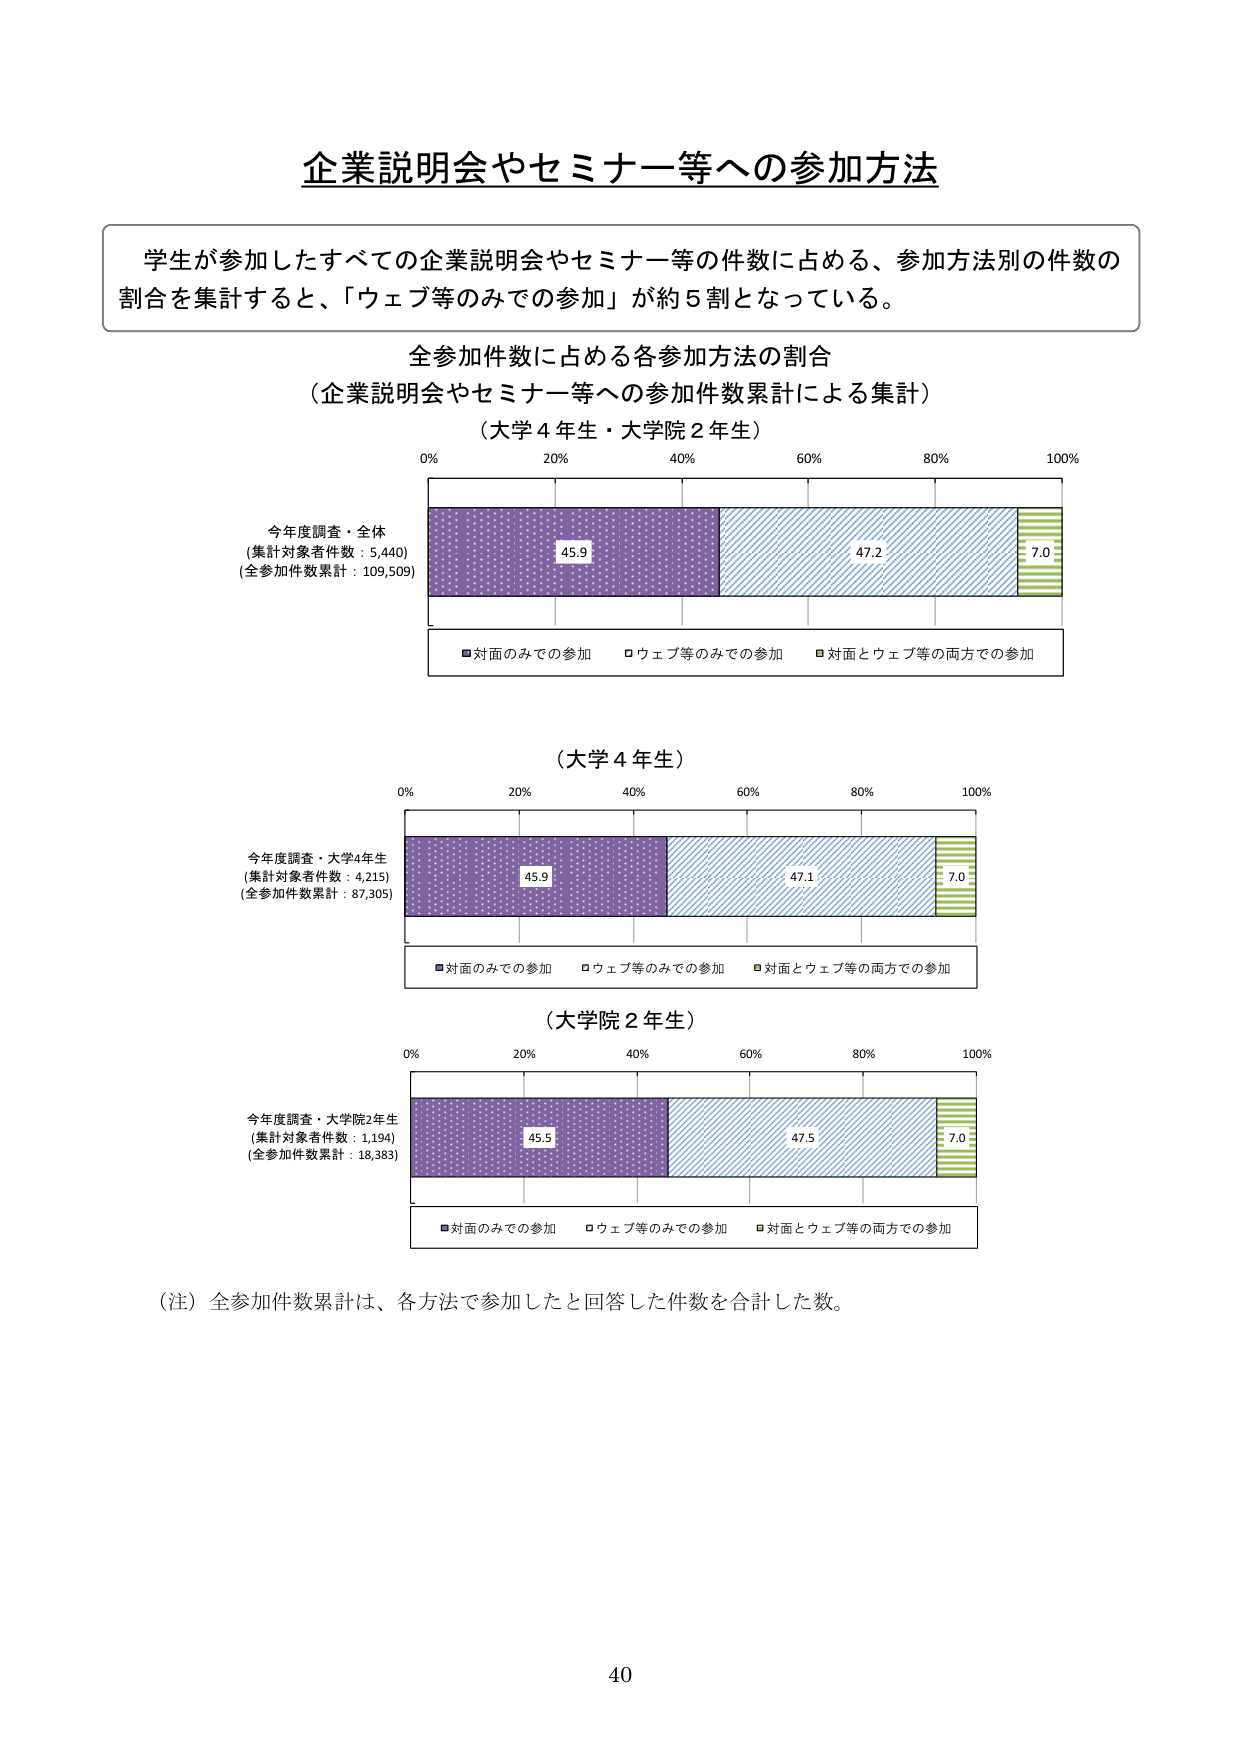
企業説明会やセミナー等への参加方法

学生が参加したすべての企業説明会やセミナー等の件数に占める、参加方法別の件数の
割合を集計すると、「ウェブ等のみでの参加」が約５割となっている。

全参加件数に占める各参加方法の割合
（企業説明会やセミナー等への参加件数累計による集計）
（大学４年生・大学院２年生）

0% 20% 40% 60% 80% 100%

今年度調査・全体
（集計対象者件数：5,440）
（全参加件数累計：109,509）

45.9 47.2 7.0

■対面のみでの参加 □ウェブ等のみでの参加 ■対面とウェブ等の両方での参加

（大学４年生）

0% 20% 40% 60% 80% 100%

今年度調査・大学4年生
（集計対象者件数：4,215）
（全参加件数累計：87,305）

45.9 47.1 7.0

■対面のみでの参加 □ウェブ等のみでの参加 ■対面とウェブ等の両方での参加

（大学院２年生）

0% 20% 40% 60% 80% 100%

今年度調査・大学院2年生
（集計対象者件数：1,194）
（全参加件数累計：18,383）

45.5 47.5 7.0

■対面のみでの参加 □ウェブ等のみでの参加 ■対面とウェブ等の両方での参加

（注）全参加件数累計は、各方法で参加したと回答した件数を合計した数。

40